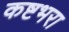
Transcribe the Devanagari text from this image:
कष्टभरा